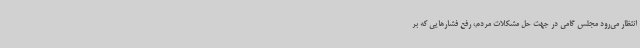
انتظار می‌رود مجلس گامی در جهت حل مشکلات مردم، رفع فشارهایی که بر